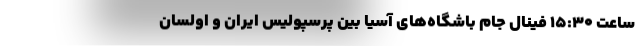
ساعت 15:30 فینال جام باشگاه‌های آسیا بین پرسپولیس ایران و اولسان